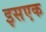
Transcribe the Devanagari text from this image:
इसएक